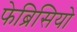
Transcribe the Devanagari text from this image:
फेब्रिसियो